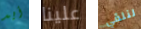
أيد علينا لنلقي